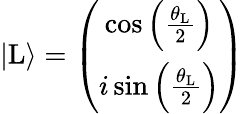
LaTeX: \begin{array}{r}{|\mathrm{L}\rangle=\left(\begin{array}{cc}{\cos\left(\frac{\theta_{\mathrm{L}}}{2}\right)}\\ {i\sin\left(\frac{\theta_{\mathrm{L}}}{2}\right)}\end{array}\right)}\end{array}